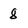
Character: 8